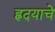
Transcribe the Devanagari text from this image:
ह्रदयाचे